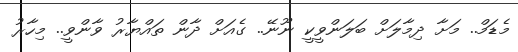
މެޑަމް.. މަށާ ދިމާލަށް ބަލަންވީކީ ނޫނޭ.. ގެއަށް ދާން ތައްޔާރު ވާންވީ.. މިހާރު